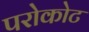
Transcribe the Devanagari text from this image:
परोकोट